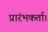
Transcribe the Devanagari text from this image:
प्रारंभकर्ता।